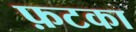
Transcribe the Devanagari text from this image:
फ़टका